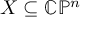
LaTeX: X \subseteq \mathbb { C P } ^ { n }